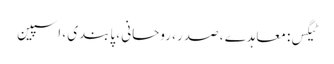
ٹیگس: معاہدے ، صدر ، روحانی ، پابندی ، اسپین